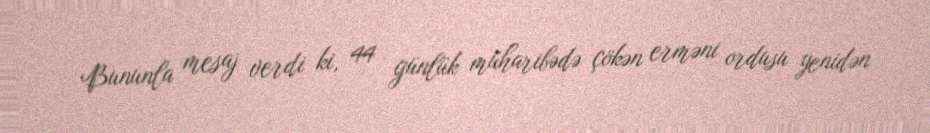
Bununla mesaj verdi ki, 44 günlük müharibədə çökən erməni ordusu yenidən